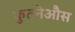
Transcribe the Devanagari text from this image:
कुतनेऔस